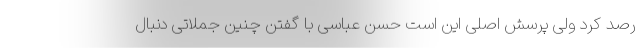
رصد کرد ولی پرسش اصلی این است حسن عباسی با گفتن چنین جملاتی دنبال